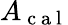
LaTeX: A_{\mathrm{~c~a~l~}}